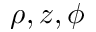
\rho , z , \phi